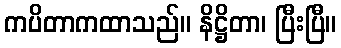
ကပိတာကထာသည်။ နိဋ္ဌိတာ၊ ပြီးပြီ။